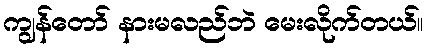
ကျွန်တော် နားမလည်ဘဲ မေးလိုက်တယ်။